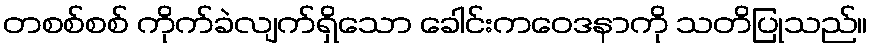
တစစ်စစ် ကိုက်ခဲလျက်ရှိသော ခေါင်းကဝေဒနာကို သတိပြုသည်။